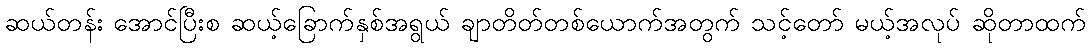
ဆယ်တန်း အောင်ပြီးစ ဆယ့်ခြောက်နှစ်အရွယ် ချာတိတ်တစ်ယောက်အတွက် သင့်တော် မယ့်အလုပ် ဆိုတာထက်